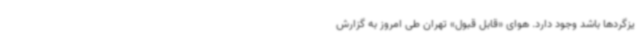
یزگردها باشد وجود دارد. هوای «قابل قبول» تهران طی امروز به گزارش